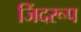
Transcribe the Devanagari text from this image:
जिंदरूप